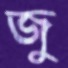
জু